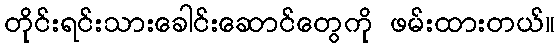
တိုင်းရင်းသားခေါင်းဆောင်တွေကို ဖမ်းထားတယ်။